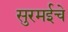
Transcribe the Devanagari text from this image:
सुरमईचे